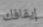
إيقافك